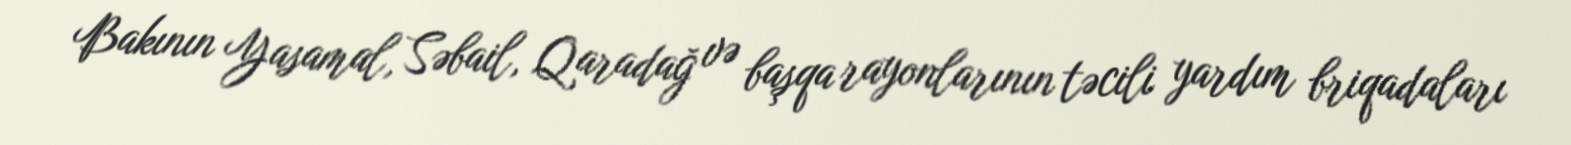
Bakının Yasamal, Səbail, Qaradağ və başqa rayonlarının təcili yardım briqadaları